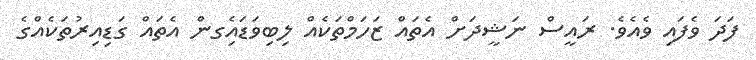
ފަދަ ވެފައި ވެއެވެ. ރައީސް ނަޝީދަށް އެތައް ޒަހަމްތަކެއް ލިބިވަޑައިެގން އެތައް ގަޑިއިރުތަކެއްގެ